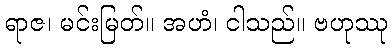
ရာဇ၊ မင်းမြတ်။ အဟံ၊ ငါသည်။ ဗဟုဿု